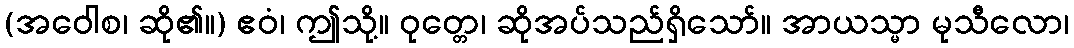
(အဝေါစ၊ ဆို၏။) ဧဝံ၊ ဤသို့။ ဝုတ္တေ၊ ဆိုအပ်သည်ရှိသော်။ အာယသ္မာ မုသီလော၊